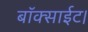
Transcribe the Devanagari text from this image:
बॉक्साईट।